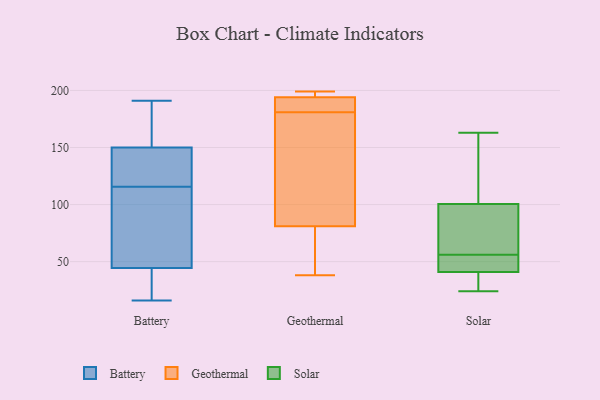
{"axis": {"x": "Tickets Resolved", "y": "Value"}, "legend": ["Battery", "Geothermal", "Solar"], "data": [{"x": "", "y": 150, "type": "Battery"}, {"x": "", "y": 139, "type": "Battery"}, {"x": "", "y": 127, "type": "Battery"}, {"x": "", "y": 31, "type": "Battery"}, {"x": "", "y": 150, "type": "Battery"}, {"x": "", "y": 104, "type": "Battery"}, {"x": "", "y": 191, "type": "Battery"}, {"x": "", "y": 173, "type": "Battery"}, {"x": "", "y": 35, "type": "Battery"}, {"x": "", "y": 95, "type": "Battery"}, {"x": "", "y": 165, "type": "Battery"}, {"x": "", "y": 53, "type": "Battery"}, {"x": "", "y": 16, "type": "Battery"}, {"x": "", "y": 72, "type": "Battery"}, {"x": "", "y": 36, "type": "Battery"}, {"x": "", "y": 147, "type": "Battery"}, {"x": "", "y": 53, "type": "Geothermal"}, {"x": "", "y": 194, "type": "Geothermal"}, {"x": "", "y": 165, "type": "Geothermal"}, {"x": "", "y": 38, "type": "Geothermal"}, {"x": "", "y": 182, "type": "Geothermal"}, {"x": "", "y": 199, "type": "Geothermal"}, {"x": "", "y": 107, "type": "Geothermal"}, {"x": "", "y": 194, "type": "Geothermal"}, {"x": "", "y": 198, "type": "Geothermal"}, {"x": "", "y": 81, "type": "Geothermal"}, {"x": "", "y": 186, "type": "Geothermal"}, {"x": "", "y": 42, "type": "Geothermal"}, {"x": "", "y": 180, "type": "Geothermal"}, {"x": "", "y": 192, "type": "Geothermal"}, {"x": "", "y": 55, "type": "Solar"}, {"x": "", "y": 163, "type": "Solar"}, {"x": "", "y": 26, "type": "Solar"}, {"x": "", "y": 96, "type": "Solar"}, {"x": "", "y": 56, "type": "Solar"}, {"x": "", "y": 138, "type": "Solar"}, {"x": "", "y": 24, "type": "Solar"}, {"x": "", "y": 47, "type": "Solar"}, {"x": "", "y": 39, "type": "Solar"}, {"x": "", "y": 57, "type": "Solar"}, {"x": "", "y": 102, "type": "Solar"}]}